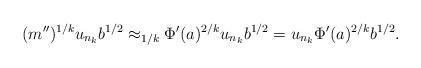
LaTeX: \begin{align*}(m'')^{1/k} u_{n_k} b^{1/2} \approx_{1/k} \Phi'(a)^{2/k} u_{n_k} b^{1/2} = u_{n_k} \Phi'(a)^{2/k} b^{1/2}.\end{align*}